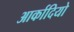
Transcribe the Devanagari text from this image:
आर्कादियो